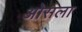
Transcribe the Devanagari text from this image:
ओसला